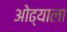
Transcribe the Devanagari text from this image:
ओढ्याला